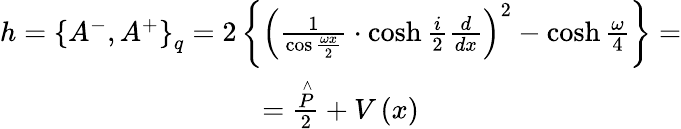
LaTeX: \begin{array}{c}{{h=\left\{ A^{-},A^{+}\right\} _{q}=2\left\{ \left(\frac{1}{\cos\frac{\omega x}{2}}\cdot\cosh\frac{i}{2}\frac{d}{dx}\right)^{2}-\cosh\frac{\omega}{4}\right\} =}}\\ {{=\frac{\stackrel{\wedge}{P}}{2}+V\left(x\right)}}\end{array}